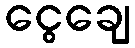
ငွေချေ